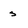
Character: s